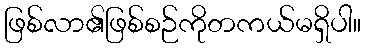
ဖြစ်လာ၏ဖြစ်စဉ်ကိုတကယ်မရှိပါ။